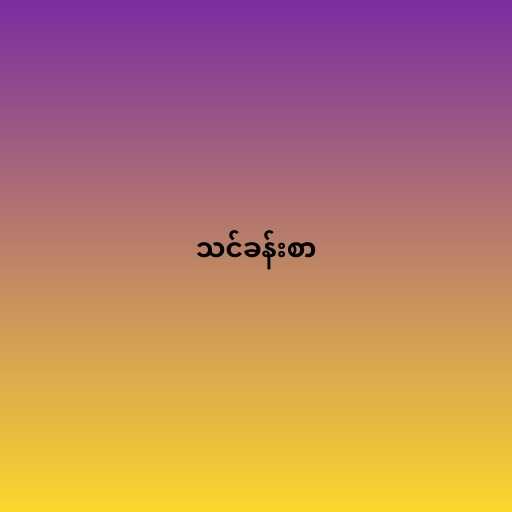
သင်ခန်းစာ